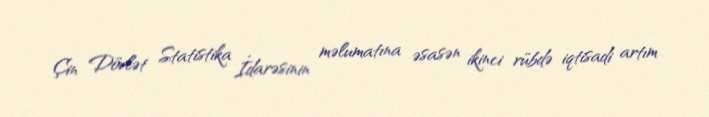
Çin Dövlət Statistika İdarəsinin məlumatına əsasən ikinci rübdə iqtisadi artım